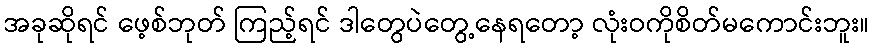
အခုဆိုရင် ဖေ့စ်ဘုတ် ကြည့်ရင် ဒါတွေပဲတွေ့နေရတော့ လုံးဝကိုစိတ်မကောင်းဘူး။